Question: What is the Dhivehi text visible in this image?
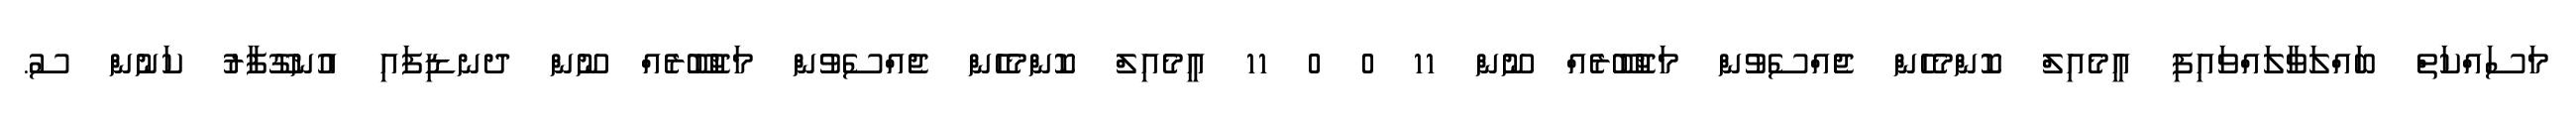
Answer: މަސައްކަތް ބައްލަވާލައްވައިފި އީމެއިލް ކޮންމެހެން ޖެއްސެވުން މަޖުބޫރެއް ނޫން 11 0 0 11 އީމެއިލް ކޮންމެހެން ޖެއްސެވުން މަޖުބޫރެއް ނޫން ދނޑިފައި އުނގޫފާރު ކަނުން ސު.